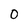
Character: 0